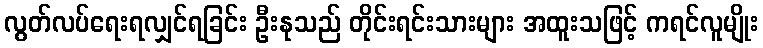
လွတ်လပ်ရေးရလျှင်ရခြင်း ဦးနုသည် တိုင်းရင်းသားများ အထူးသဖြင့် ကရင်လူမျိုး